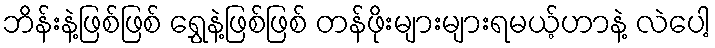
ဘိန်းနဲ့ဖြစ်ဖြစ် ရွှေနဲ့ဖြစ်ဖြစ် တန်ဖိုးများများရမယ့်ဟာနဲ့ လဲပေါ့